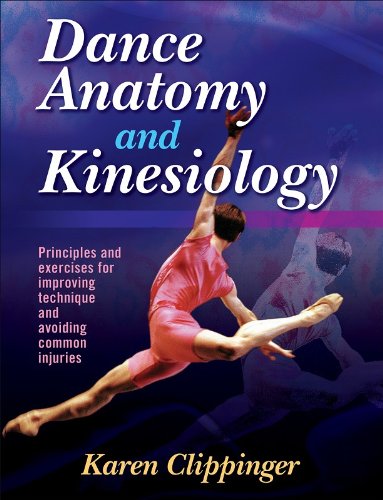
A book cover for Dance anatomy and kinesiology; Karen Sue Clippinger; Humor & Entertainment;